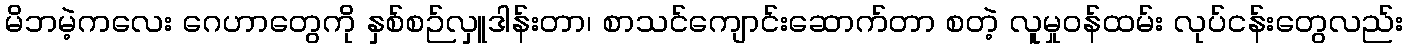
မိဘမဲ့ကလေး ဂေဟာတွေကို နှစ်စဉ်လှူဒါန်းတာ၊ စာသင်ကျောင်းဆောက်တာ စတဲ့ လူမှုဝန်ထမ်း လုပ်ငန်းတွေလည်း